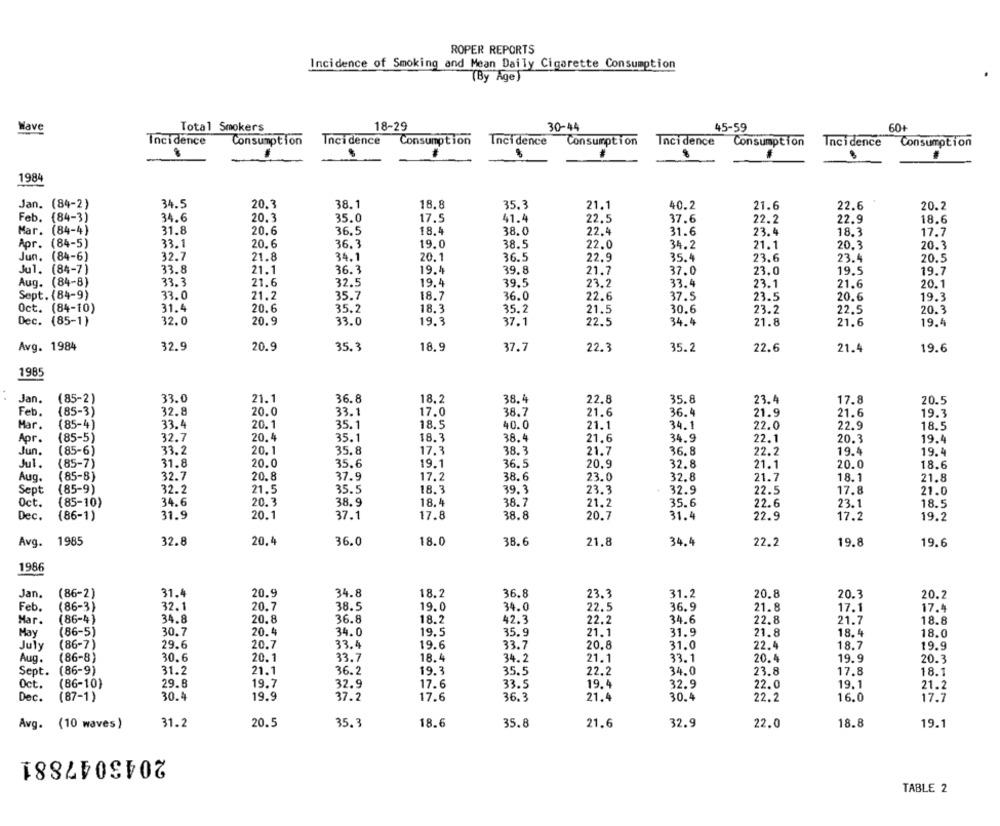
ROPER REPORTS
Incidence of Smoking and Mean Daily Cigarette Consumption
(By Age)
Have
Total Smokers
18-29
30-44
45-59
60+
Incidence
Consumption
Incidence
Consumption
Inci dence
Consumption
Incidence
Consumption
Incidence
Consumption
1984
Jan. (84-2)
34.5
20.3
38.1
18.8
35.3
21.1
40.2
21.6
22.6
20.2
Feb. (84-3)
34.6
20.3
35.0
17.5
41.4
22.5
37.6
22.2
22.9
18.6
Mar. (84-4)
31.8
20.6
36.5
18.4
38.0
22.4
31.6
23.4
18.3
17.7
Apr. (84-5)
33.1
20.6
36.3
19.0
38.5
22.0
34.2
21.1
20.3
20.3
Jun. (84-6)
32.7
34.1
36.5
23.4
21.8
20.1
22.9
35.4
23.6
20.5
Jul. (84-7)
33.8
21.1
36.3
19.4
39.8
21.
37.0
23.0
19.5
19.7
Aug. (84-8)
39.5
23.2
33.3
21.6
32.5
19.4
33.4
23.1
21.6
20.1
Sept. (84-9)
33.0
21.2
35.7
18.7
36.0
22.6
37.5
23.5
20.6
19.3
Oct. (84-10)
31.4
20.6
35.2
18.3
35.2
21.5
30.6
23.2
22.5
20.3
Dec. (85-1)
32.0
20.9
33.0
19.3
37.1
22.5
34.4
21.8
19.4
21.6
Avg. 1984
32.9
20.9
35.3
18.9
37.7
22.3
21.4
35.2
22.6
19.6
1985
21.1
36.8
Jan.
(85-2)
33.0
18,2
38.4
22.8
35.8
23.4
17.8
20.5
Feb.
(85-3)
32.8
20.0
33.1
17.0
38.7
21.6
36.4
21.9
21.6
19.3
Mar.
(85-4)
33.4
20.1
35.1
18.5
40.0
21.1
34.1
22.0
22.9
18.5
Apr.
(85-5)
32.7
20.4
35.1
18.3
38.4
34.9
22.1
20.3
21.6
19.4
Jun.
(85-6)
33.2
20.1
35.8
17.3
38.3
21.7
36.8
22.2
19.4
19.4
Jul.
31.8
35.6
19.1
36.5
20.9
32.8
20.0
(85-7)
20.0
21.1
18.6
Aug.
(85-8)
32.7
20.8
37.9
17.2
38.6
23.0
32.8
21.7
18.1
21.8
35.5
18.3
39.3
23.3
Sept
(85-9)
32.2
21.5
32.9
22.5
17.8
21.0
Oct.
(85-10)
34.6
20.3
38.9
18.4
38.7
21.2
35.6
18.5
22.6
23.1
Dec.
(86-1)
31.9
20.1
37.1
17.8
38.8
20.7
31.4
22.9
17.2
19.2
Avg.
1985
32.8
20.4
36.0
18.0
38.6
21.8
34.4
22.2
19.8
19.6
1986
Jan.
(86-2)
31.4
20.9
34.8
18.2
36.8
23.3
31.2
20.8
20.3
20.2
Feb.
(86-3)
32.1
20.7
38.5
19.0
34.0
22.5
36.9
21.8
17.1
17.4
Mar.
(86-4)
34.8
20.8
36.8
18.2
42.3
22.2
34.6
22.8
21.7
18.8
May
(86-5)
30.7
20.4
34.0
19.5
35.9
21.1
31.9
21.8
18.4
18.0
(86-7)
29.6
33.4
19.6
33.7
20.8
31.0
22.4
18.7
19.9
July
20.7
Aug.
(86-8)
30.6
20.1
33.7
18.4
34.2
21.1
33.1
20.4
19.9
20.3
31.2
36.2
19.3
22.2
Sept.
(86-9)
21.1
35.5
34.0
23.8
17.8
18.1
Oct.
(86-10)
29.8
19.7
32.9
17.6
33.5
19.4
32.9
22.0
19.1
21.2
Dec.
(87-1)
30.4
19.9
37.2
17.6
36.3
21.
30.4
22.2
16.0
17.7
Avg.
(10 waves)
31.2
20.5
35.3
18.6
35.8
21.6
32.9
22.0
18.8
19.1
2043047881
TABLE 2